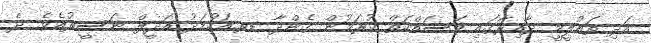
އަދި ތައުލީމީ ދާއިރާގައި މަސައްކަތް ކުރަމުން ގެންދާ ޑރ.އަހުމަދު އަދީލް ނަސީރުއެވެ. ދެ